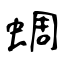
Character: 蜩